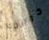
كوالدك